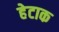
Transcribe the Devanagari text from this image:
हेटाक